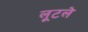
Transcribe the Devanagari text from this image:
लूटले